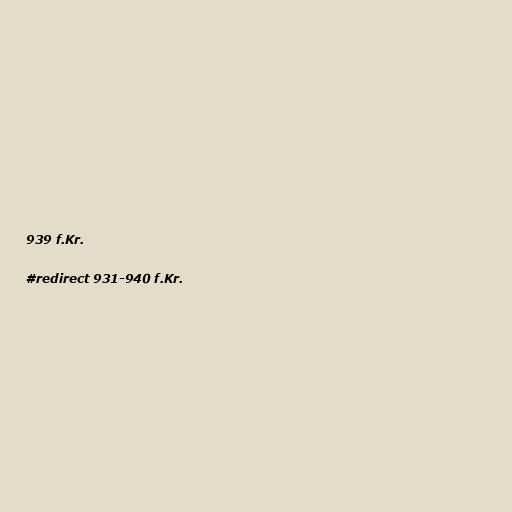
939 f.Kr.

#redirect 931-940 f.Kr.